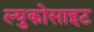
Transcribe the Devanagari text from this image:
ल्युकोसाइट